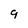
Character: 9